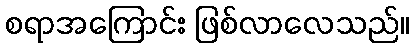
စရာအကြောင်း ဖြစ်လာလေသည်။